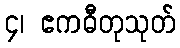
၄၊ ဧကဓီတုသုတ်